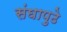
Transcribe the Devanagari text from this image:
संघापुढे